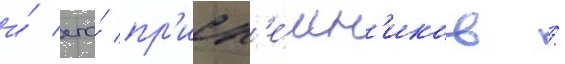
и́ его́ пр'исп'е́шн'иков /